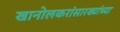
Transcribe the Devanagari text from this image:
खानोलकरांसारख्यांच्या